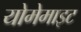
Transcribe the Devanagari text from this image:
योमेमाइट